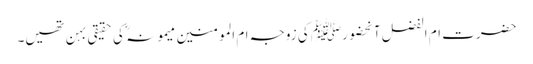
حضرت ام الفضل آنحضورﷺ کی زوجہ ام المومنین میمونہ ؓ کی حقیقی بہن تھیں۔